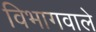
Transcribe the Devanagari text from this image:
विभागवाले